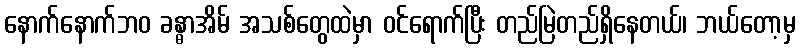
နောက်နောက်ဘဝ ခန္ဓာအိမ် အသစ်တွေထဲမှာ ဝင်ရောက်ပြီး တည်မြဲတည်ရှိနေတယ်၊ ဘယ်တော့မှ